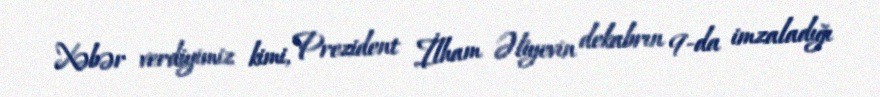
Xəbər verdiyimiz kimi, Prezident İlham Əliyevin dekabrın 9-da imzaladığı